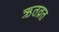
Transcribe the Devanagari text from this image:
ऋतव्रत